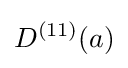
D^{(11)}(a)